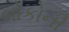
લોકોની